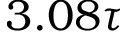
3 . 0 8 \tau